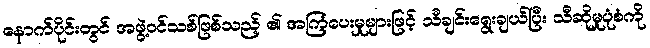
နောက်ပိုင်းတွင် အဖွဲ့ဝင်သစ်ဖြစ်သည့် ၏ အကြံပေးမှုများဖြင့် သီချင်းရွေးချယ်ပြီး သီဆိုမှုပုံစံကို